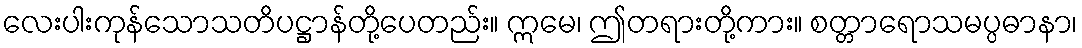
လေးပါးကုန်သောသတိပဋ္ဌာန်တို့ပေတည်း။ ဣမေ၊ ဤတရားတို့ကား။ စတ္တာရောသမပ္ပဓာနာ၊